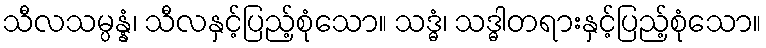
သီလသမ္ပန္နံ၊ သီလနှင့်ပြည့်စုံသော။ သဒ္ဓံ၊ သဒ္ဓါတရားနှင့်ပြည့်စုံသော။